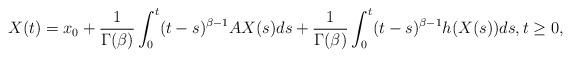
LaTeX: \begin{align*} X(t)=x_0+\frac{1}{\Gamma(\beta)} \int_0^t (t-s)^{\beta-1} A X(s) ds + \frac{1}{\Gamma(\beta)} \int_0^t (t-s)^{\beta-1} h(X(s)) ds,t\ge 0,\end{align*}